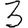
Digit: 3